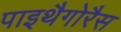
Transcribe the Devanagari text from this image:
पाइथैगोरैस